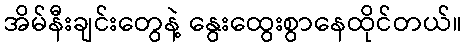
အိမ်နီးချင်းတွေနဲ့ နွေးထွေးစွာနေထိုင်တယ်။